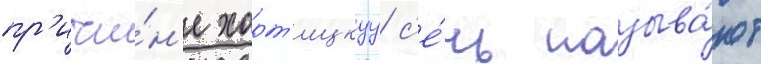
пр'ичи́н'е хорт'ицкуу с'е́чь называ́ют